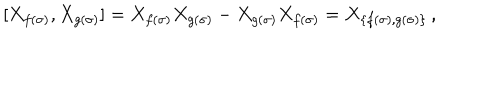
LaTeX: [ X _ { f ( \sigma ) } , X _ { g ( \sigma ) } ] = X _ { f ( \sigma ) } X _ { g ( \sigma ) } - X _ { g ( \sigma ) } X _ { f ( \sigma ) } = X _ { \{ f ( \sigma ) , g ( \sigma ) \} } \, ,